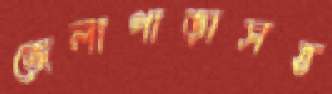
জেলাপাড়াসহ